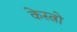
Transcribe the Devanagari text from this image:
केस्त्रो